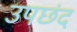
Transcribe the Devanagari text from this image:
उपछंद